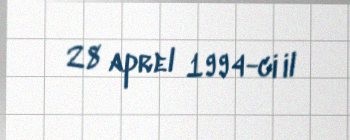
28 aprel 1994-ci il